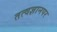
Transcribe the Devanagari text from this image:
तत्वज्ञानपर